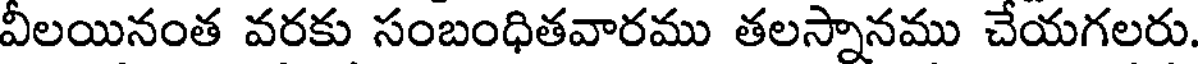
వీలయినంత వరకు సంబంధితవారము తలస్నానము చేయగలరు